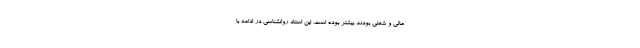
مالی و شغلی بودند بیشتر بوده است. این استاد روانشناسی در ادامه با